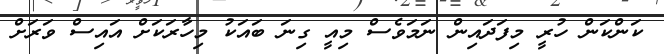
ކަންކަން ހުރީ މިފަދައިން ނަމަވެސް މިއީ ގިނަ ބައަކު މިހާރަކަށް އައިސް ވަރަށް